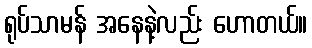
ရုပ်သာမန် အနေနဲ့လည်း ဟောတယ်။